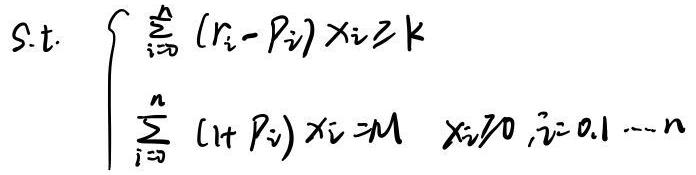
\[
\text{s.t.} \quad
\begin{cases}
\sum_{i = 0}^{n} (r_i - p_i) x_i \geq k \\
\sum_{i = 0}^{n} (1 + p_i) x_i = M \\
x_i \geq 0, i = 0,1,\cdots,n
\end{cases}
\]